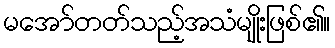
မအော်တတ်သည့်အသံမျိုးဖြစ်၏။